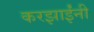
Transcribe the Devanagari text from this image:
करझाईंनी